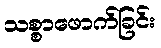
သစ္စာဖောက်ခြင်း